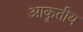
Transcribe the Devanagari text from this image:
आकृतीय